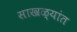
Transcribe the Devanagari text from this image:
साखळ्यांत